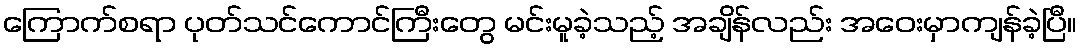
ကြောက်စရာ ပုတ်သင်ကောင်ကြီးတွေ မင်းမူခဲ့သည့် အချိန်လည်း အဝေးမှာကျန်ခဲ့ပြီ။